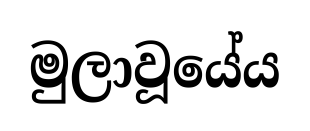
මුලාවූයේය